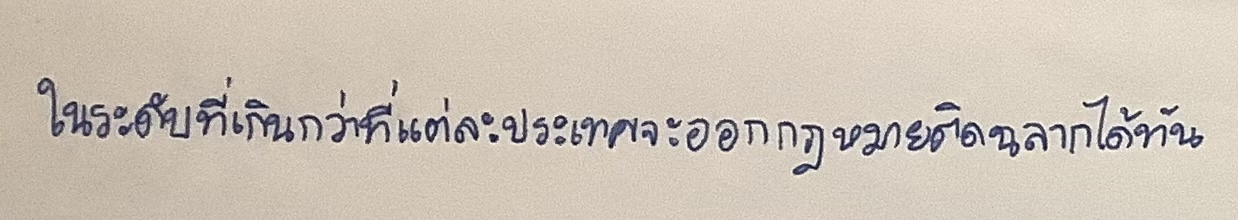
ในระดับที่เกินกว่าที่แต่ละประเทศจะออกกฎหมายติดฉลากได้ทัน